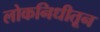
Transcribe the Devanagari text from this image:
लोकनिधीतून